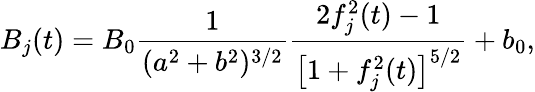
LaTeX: B_{j}(t)=B_{0}{\frac{1}{(a^{2}+b^{2})^{3/2}}}{\frac{2f_{j}^{2}(t)-1}{\big[1+f_{j}^{2}(t)\big]^{5/2}}}+b_{0},